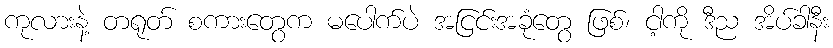
ကုလားနဲ့ တရုတ် စကားတွေက မပေါက်ပဲ အငြင်းအခုံတွေ ဖြစ်၊ ငါ့ကို ဒီည အိပ်ခါနီး